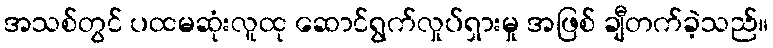
အသစ်တွင် ပထမဆုံးလူထု ဆောင်ရွက်လှုပ်ရှားမှု အဖြစ် ချီတက်ခဲ့သည်။